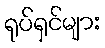
ရုပ်ရှင်များ